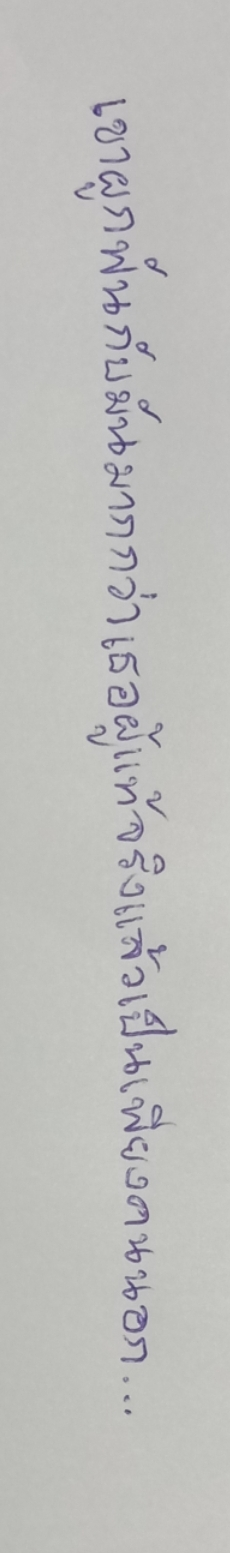
เขาผูกพันกับมันมากกว่าเธอผู้แท้จริงแล้วเป็นเพียงคนนอก...